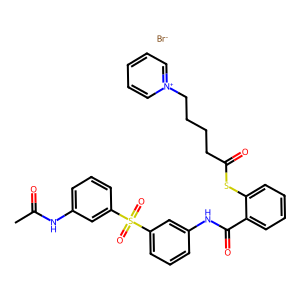
SMILES: CC(=O)Nc1cccc(S(=O)(=O)c2cccc(NC(=O)c3ccccc3SC(=O)CCCC[n+]3ccccc3)c2)c1.[Br-]
Inhibits HIV replication: Yes